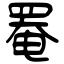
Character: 罨